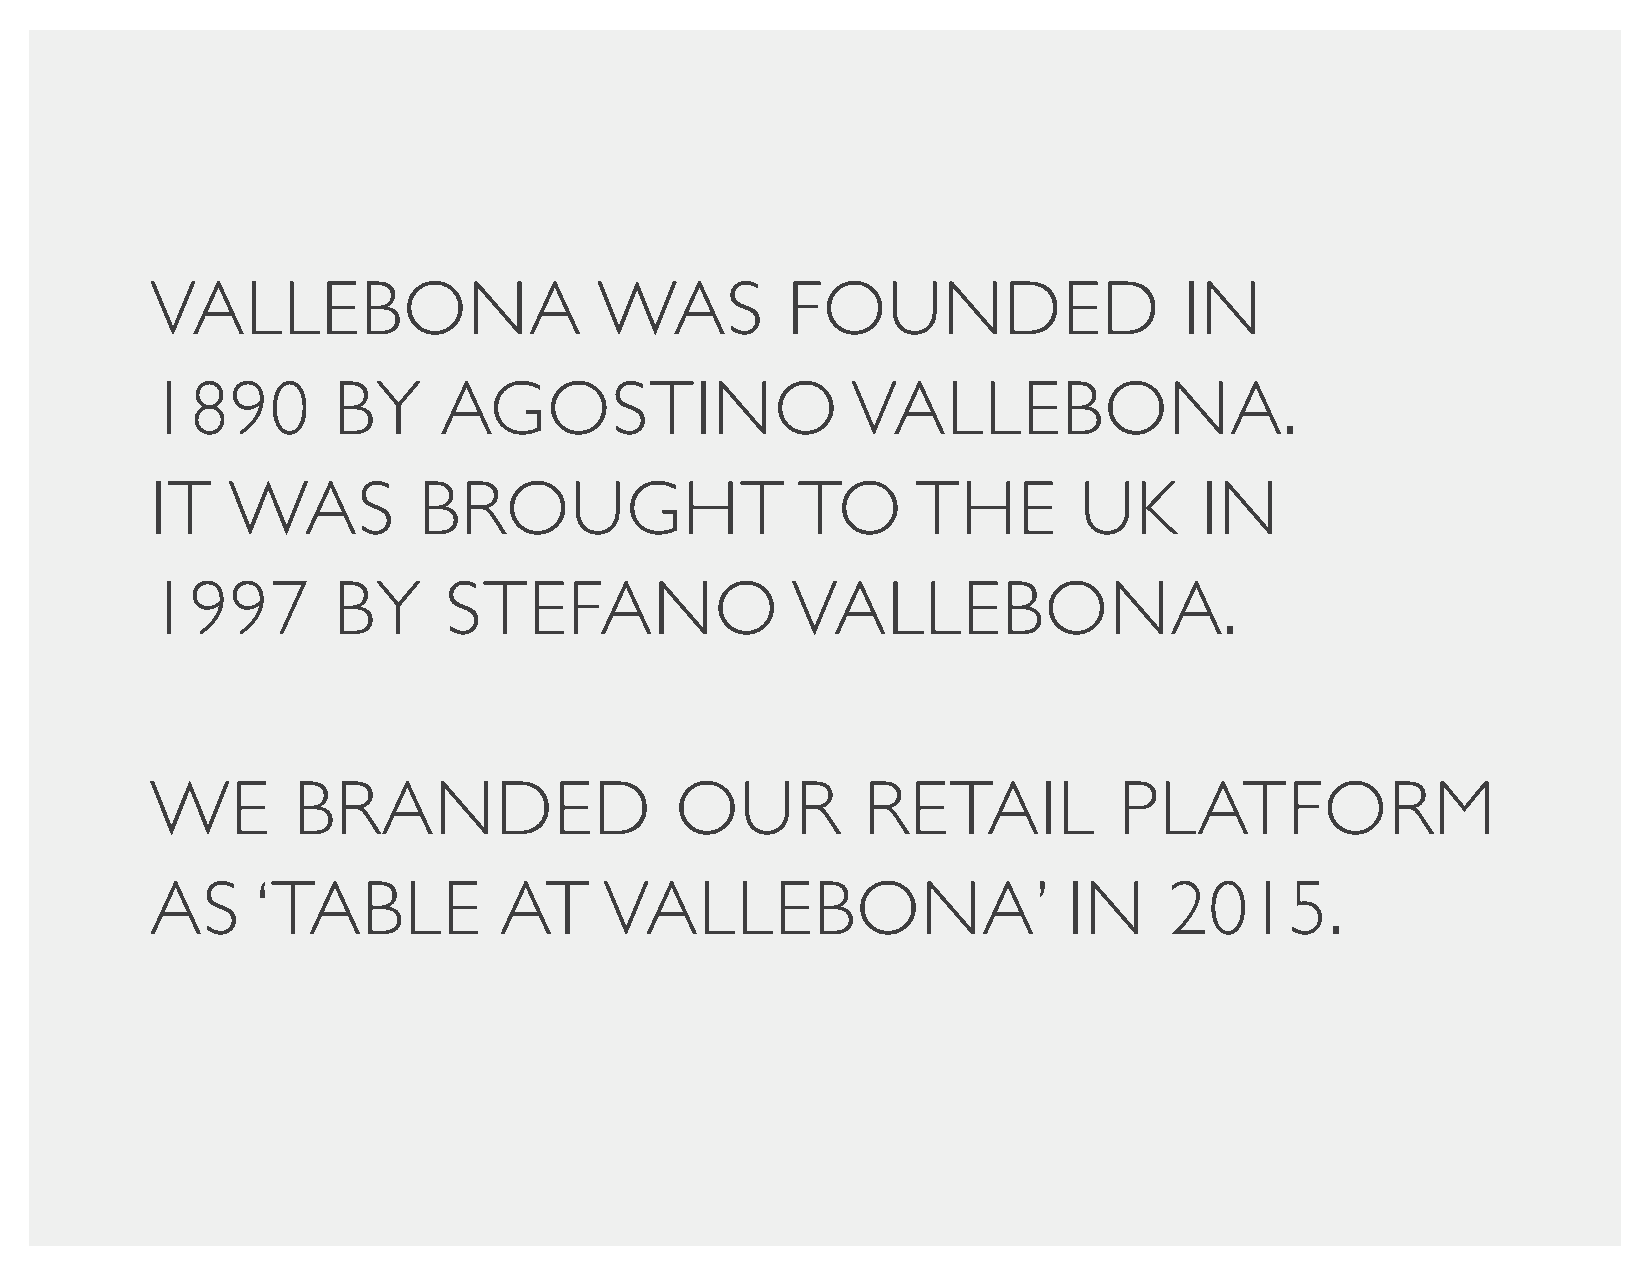
Vallebona                     was         founded                   in
 1890        by     agostino                   Vallebona.
 it   was          brought                  to     the        uK      in
 1997        by     stefano                Vallebona.
 we       branded                   our         retail           platform
 as     ‘table          at     Vallebona’                     in    2015.